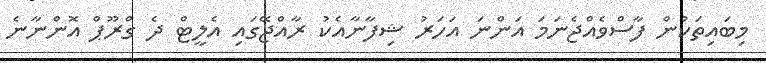
މިބައިތަކުން ފާސްވެއްޖެނަމަ އަންނަ އަހަރު ޝިފާނާއެކު ރާއްޖޭގައި އެލީޓް ދެ ގްރޫޕް އޮންނާނެ